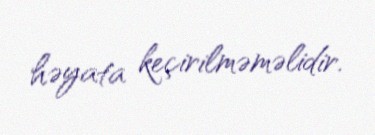
həyata keçirilməməlidir.